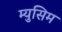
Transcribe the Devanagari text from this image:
म्युसिम